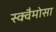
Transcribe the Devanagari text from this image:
स्क्वैमोसा